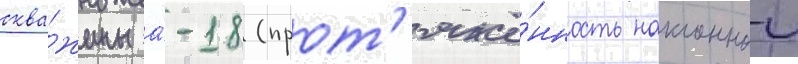
сква́жины а́-18 (прот'яжё́нность наклоннои